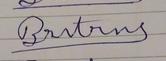
Signature authenticity: forged